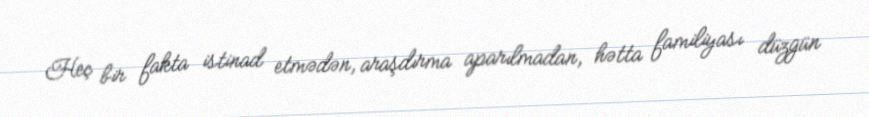
Heç bir fakta istinad etmədən, araşdırma aparılmadan, hətta familiyası düzgün